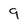
Character: 9